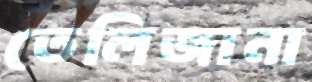
তেলিজানা